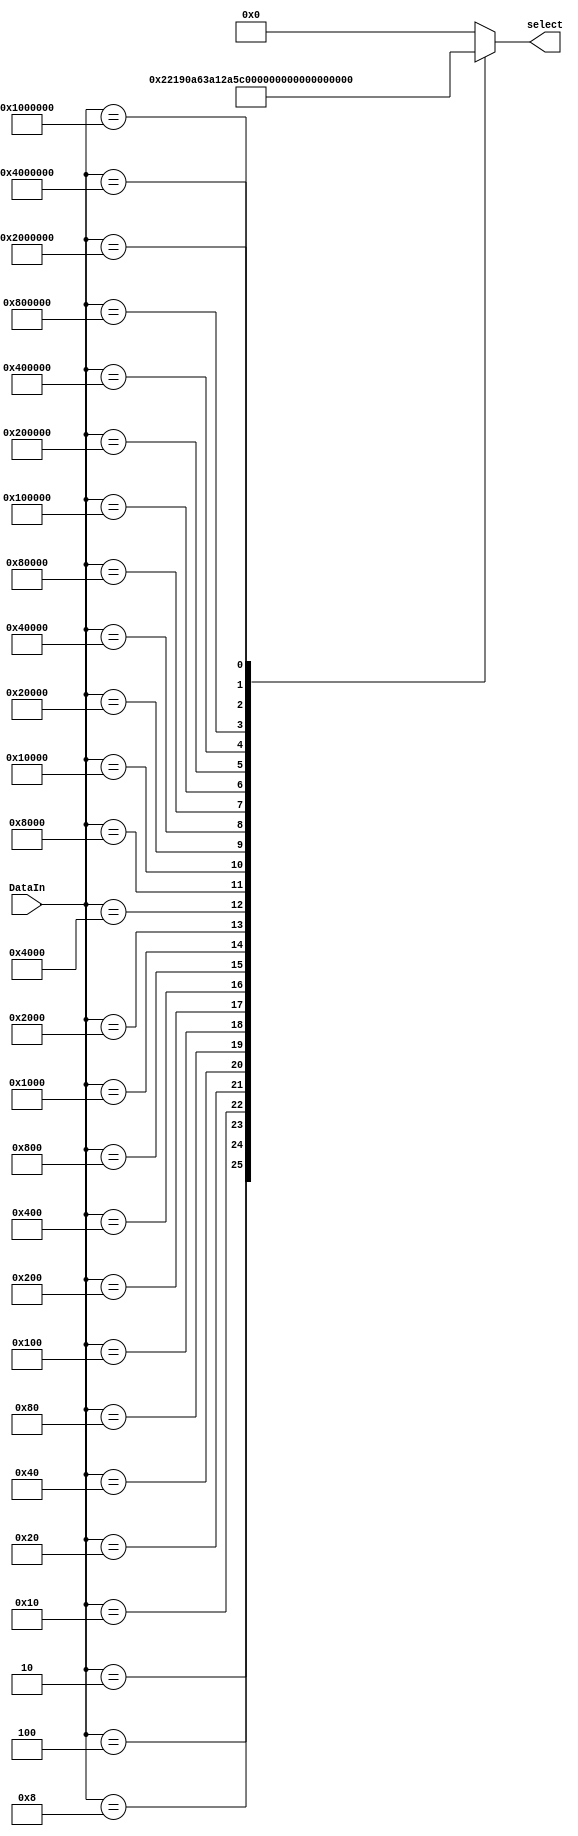
module BusMuxEncoder( 
input wire [31:0] DataIn, //register outs
output wire [4:0] select
);
reg [4:0] Code;
always @(*) begin
	casex(DataIn)
		32'h00000001	:	Code <= 5'd0;
		32'h00000002	:Code <= 5'd1;
		32'h00000004	:Code <= 5'd2;
		32'h00000008	:Code <= 5'd3;
		32'h00000010	:Code <= 5'd4;
		32'h00000020	:Code <= 5'd5;
		32'h00000040	:	Code <= 5'd6;
		32'h00000080	:	Code <= 5'd7;
		32'h00000100	:Code <= 5'd8;
		32'h00000200	:Code <= 5'd9;
		32'h00000400	:Code <= 5'd10;
		32'h00000800	:Code <= 5'd11;
		32'h00001000	:Code <= 5'd12;
		32'h00002000	:Code <= 5'd13;
		32'h00004000	:Code <= 5'd14;
		32'h00008000	:Code <= 5'd15;
		32'h00010000	:Code <= 5'd16;
		32'h00020000	:Code <= 5'd17;
		32'h00040000	:Code <= 5'd18;
		32'h00080000	:Code <= 5'd19;
		32'h00100000	:Code <= 5'd20;
		32'h00200000	:Code <= 5'd21;
		32'h00400000	:Code <= 5'd22;
		32'h00800000	:Code <= 5'd23;
		32'h01000000	:Code <= 5'd24;
		32'h02000000	:Code <= 5'd25;
		32'h04000000	:Code <= 5'd26;
		
		default:	Code <= 5'd32;
		endcase
	end
	assign select = Code;
endmodule